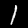
Label: 1